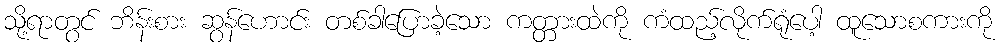
သို့ရာတွင် ဘိန်းစား ဆွန်ဟောင်း တစ်ခါပြောခဲ့သော ကတ္တားထဲကို ကံထည့်လိုက်ရုံပေါ့ ထူသောစကားကို